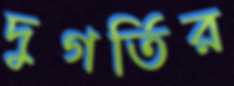
দুগর্তির